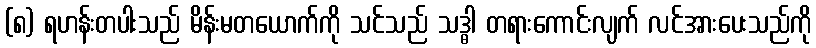
(၈) ရဟန်းတပါးသည် မိန်းမတယောက်ကို သင်သည် သဒ္ဓါ တရားကောင်းလျက် လင်အားပေးသည်ကို